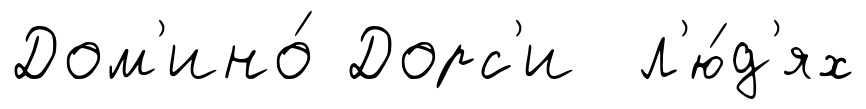
Дом'ино́ Дорс'и л'ю́д'ях